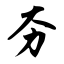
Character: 夯